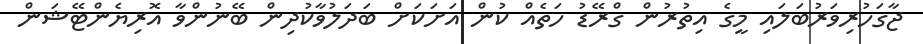
ޖާގަހުރިވަރުބަލައި މީގެ އިތުރުން ގްރޭޑު ހަތެއް ކުން އަށަކަށް ބަދަލުވާކުދިން ބޭނުންވާ އޮރިޔެންޓޭޝަން